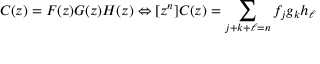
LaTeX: C ( z ) = F ( z ) G ( z ) H ( z ) \Leftrightarrow [ z ^ { n } ] C ( z ) = \sum _ { j + k + \ell = n } f _ { j } g _ { k } h _ { \ell }